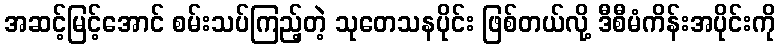
အဆင့်မြင့်အောင် စမ်းသပ်ကြည့်တဲ့ သုတေသနပိုင်း ဖြစ်တယ်လို့ ဒီစီမံကိန်းအပိုင်းကို